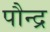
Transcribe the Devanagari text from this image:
पौन्द्र